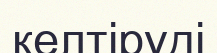
келтіруді